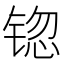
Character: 锪